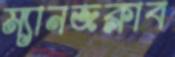
ম্যানজক্লাব